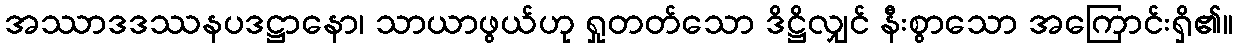
အဿာဒဒဿနပဒဋ္ဌာနော၊ သာယာဖွယ်ဟု ရှုတတ်သော ဒိဋ္ဌိလျှင် နီးစွာသော အကြောင်းရှိ၏။